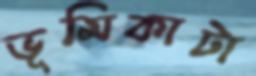
ভূমিকাটা